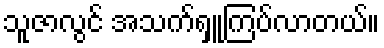
သူဇာလွင် အသက်ရှူကြပ်လာတယ်။